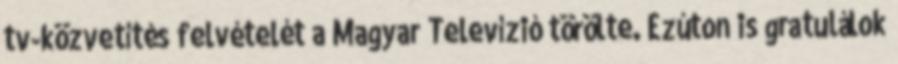
tv-közvetítés felvételét a Magyar Televízió törölte. Ezúton is gratulálok